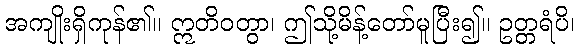
အကျိုးရှိကုန်၏။ ဣတိဝတွာ၊ ဤသို့မိန့်တော်မူပြီး၍။ ဥတ္တရံပိ၊